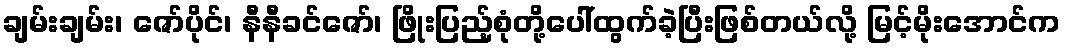
ချမ်းချမ်း၊ ဇော်ပိုင်၊ နီနီခင်ဇော်၊ ဖြိုးပြည့်စုံတို့ပေါ်ထွက်ခဲ့ပြီးဖြစ်တယ်လို့ မြင့်မိုးအောင်က